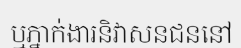
ឬភ្នាក់ងារនិវាសនជននៅ